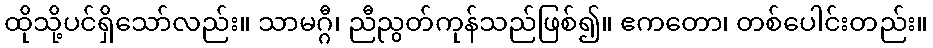
ထိုသို့ပင်ရှိသော်လည်း။ သာမဂ္ဂီ၊ ညီညွတ်ကုန်သည်ဖြစ်၍။ ဧကတော၊ တစ်ပေါင်းတည်း။